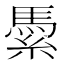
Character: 𱹽